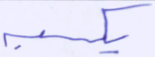
يكسبه